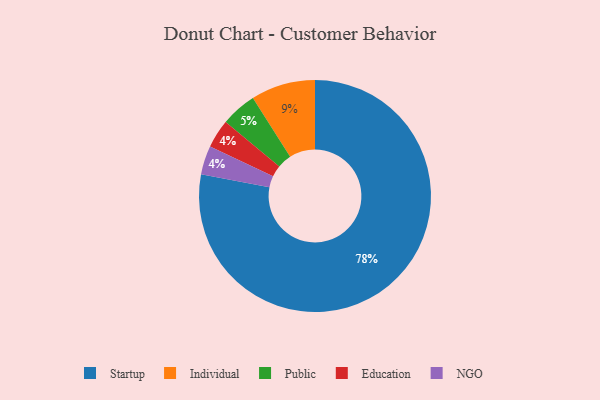
{"axis": {"x": "Category", "y": "Percentage"}, "legend": ["Education", "Individual", "NGO", "Public", "Startup"], "data": [{"x": "Education", "y": 4, "type": "Education"}, {"x": "Startup", "y": 78, "type": "Startup"}, {"x": "Individual", "y": 9, "type": "Individual"}, {"x": "NGO", "y": 4, "type": "NGO"}, {"x": "Public", "y": 5, "type": "Public"}]}